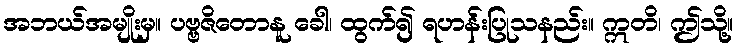
အဘယ်အမျိုးမှ။ ပဗ္ဗဇိတောနူ ခေါ၊ ထွက်၍ ရဟန်းပြုသနည်း။ ဣတိ၊ ဤသို့။